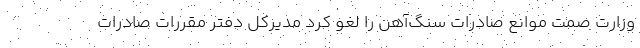
وزارت صمت موانع صادرات سنگ‌آهن را لغو کرد مدیرکل دفتر مقررات صادرات